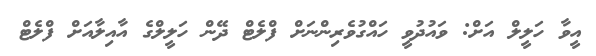
އީވާ ހަަލީލް އަށް: ވައުދުވީ ހައްގުވެރިންނަށް ފްލެޓް ދޭން ހަލީލްގެ އާއިލާއަށް ފްލެޓް